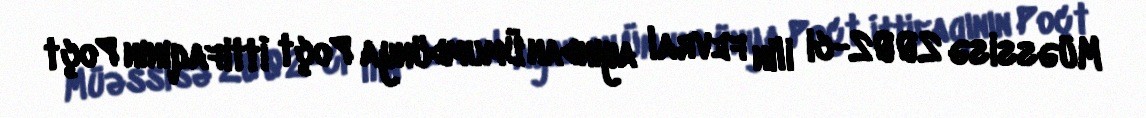
Müəssisə 2002-ci ilin fevral ayından Ümumdünya Poçt İttifaqının Poçt